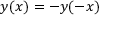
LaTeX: y ( x ) = - y ( - x )